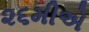
૨૬મીએ